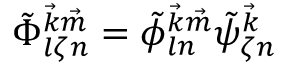
\tilde { \Phi } _ { l \zeta n } ^ { { \vec { k } } { \vec { m } } } = \tilde { \phi } _ { l n } ^ { { \vec { k } } { \vec { m } } } \tilde { \psi } _ { \zeta n } ^ { { \vec { k } } }